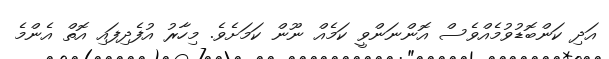
އަދި ކަންބޮޑުވުމެއްވެސް އޮންނަންވީ ކަމެއް ނޫން ކަމަށެވެ. މިހާރު އުފެދިފައި އޮތް އެންމެ